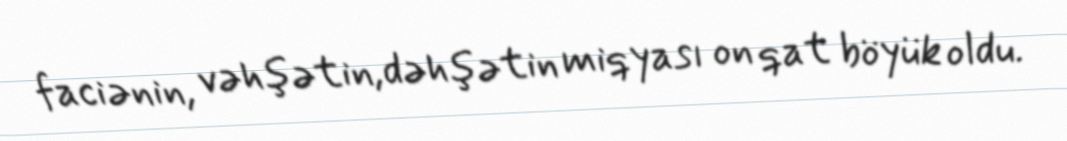
faciənin, vəhşətin,dəhşətin miqyası on qat böyük oldu.